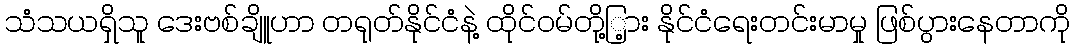
သံသယရှိသူ ဒေးဗစ်ချိူဟာ တရုတ်နိုင်ငံနဲ့ ထိုင်ဝမ်တို့ြ့ား နိုင်ငံရေးတင်းမာမှု ဖြစ်ပွားနေတာကို